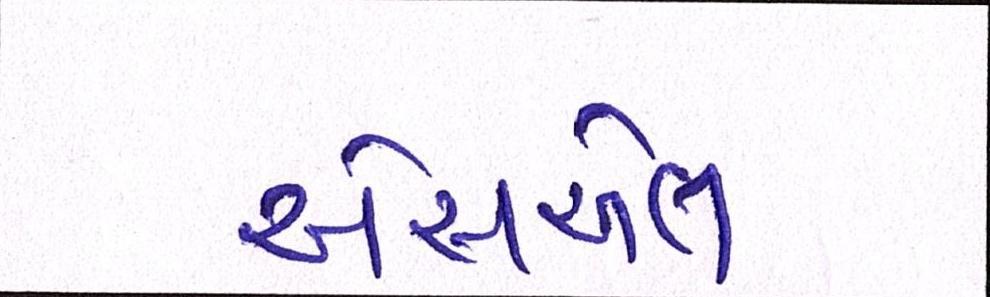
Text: એસએલ